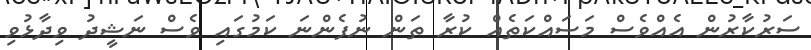
ސަރުކާރުން އެއްވެސް މަސައްކަތެއް ކުރާ ތަން ނުފެންނަ ކަމުގައި ވެސް ނަޝީދު ވިދާޅުވި